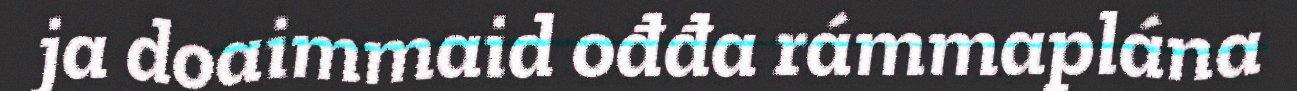
ja doaimmaid ođđa rámmaplána